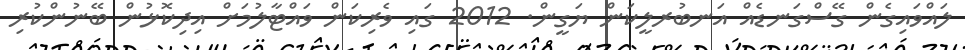
ލައްވައިގެން ގޭސްގަނޑެއް އަނބުރލީކަން ޔަގީން. 2012 ގައި ވެރިކަން ވައްޓާލުމަށް އިދިކޮޅުން ބޭނުންކުރި